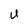
Character: U